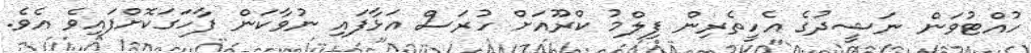
ހުއްޓުވަން ނަޝީދުގެ އެހީތެރިން ފިލްމު ކްރޫއަށް ހުރަސް އަޅާފައި ނުވާކަން ފާހަގަކޮށްފައިވެ އެވެ.